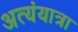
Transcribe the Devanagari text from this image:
अत्यंयात्रा